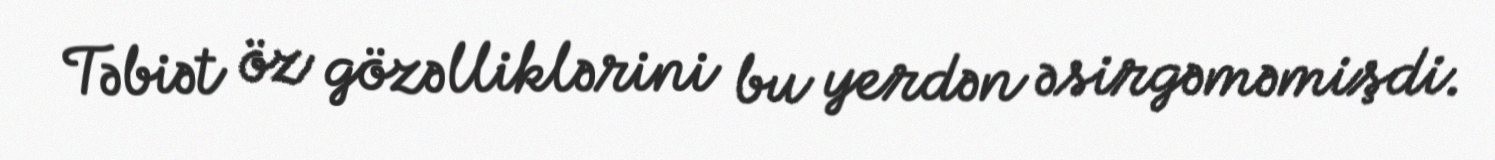
Təbiət öz gözəlliklərini bu yerdən əsirgəməmişdi.